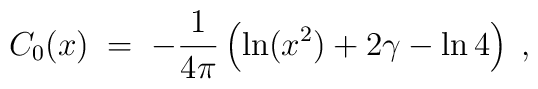
C_0(x) \; = \; -\frac{1}{4\pi}\left( \ln(x^2) + 2\gamma - \ln4 \right) \; ,